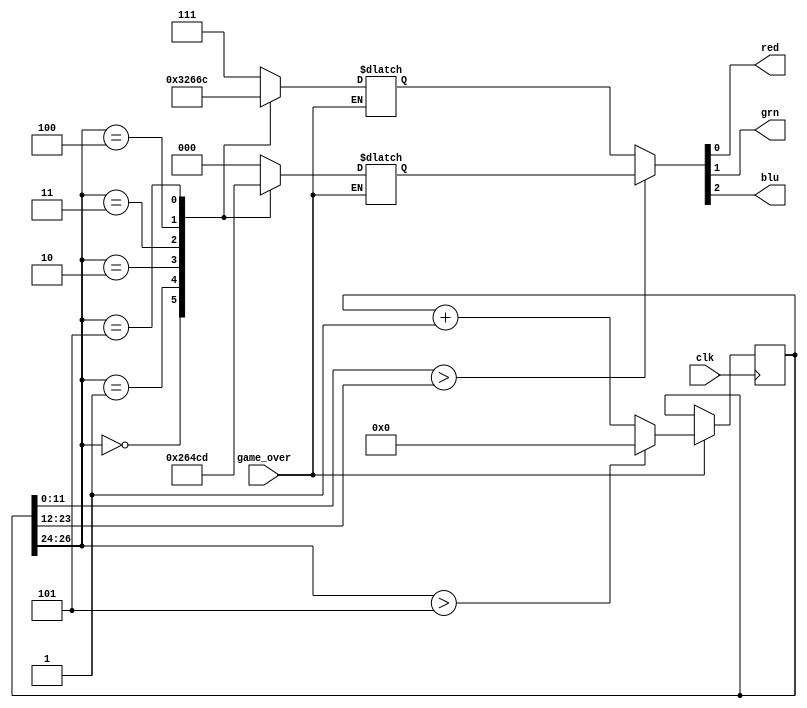
//Module to produce rainbow effect with tri-state leds for celebration after game is over 
`timescale 1ns / 1ps

module rainbow_leds(
	input clk, game_over,
	output red, grn, blu);

	reg [26:0] counter;
	wire [11:0] t;
	wire [11:0] cmp;
	assign t[11:0] = counter[11:0];
	assign cmp[11:0] = counter[23:12];
	wire [2:0] step;
	assign step[2:0] = counter[26:24];

	reg [2:0] amask;
	reg [2:0] bmask;
	wire [2:0] mask;
	assign mask = (t > cmp) ? amask : bmask;

	assign red = mask[0];
	assign grn = mask[1];
	assign blu = mask[2];
	
	always @(*) begin
	if(game_over)
		case (step)
			0: amask <= 3'b100;
			1: amask <= 3'b110;
			2: amask <= 3'b010;
			3: amask <= 3'b011;
			4: amask <= 3'b001;
			5: amask <= 3'b101;
			default: amask <= 3'b000;
		endcase
	end

	always @(*) begin
	if(game_over)
		case (step)
			0: bmask <= 3'b110;
			1: bmask <= 3'b010;
			2: bmask <= 3'b011;
			3: bmask <= 3'b001;
			4: bmask <= 3'b101;
			5: bmask <= 3'b100;
			default: bmask <= 3'b111;
		endcase
	end

	always @(posedge clk) begin
	if(game_over)
		counter <= (step > 5) ? 0 : (counter + 1);
	end
endmodule